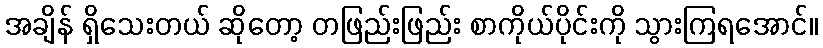
အချိန် ရှိသေးတယ် ဆိုတော့ တဖြည်းဖြည်း စာကိုယ်ပိုင်းကို သွားကြရအောင်။